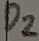
Text: D2